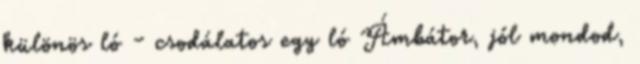
különös ló - csodálatos egy ló Ámbátor, jól mondod,